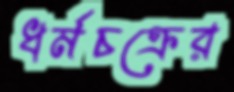
ধর্মচক্রের